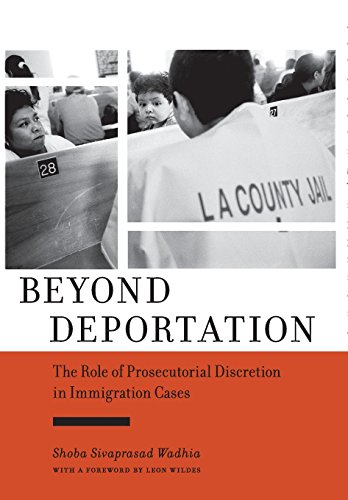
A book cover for Beyond Deportation: The Role of Prosecutorial Discretion in Immigration Cases (Citizenship and Migration in the Americas); Shoba Sivaprasad Wadhia; Law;